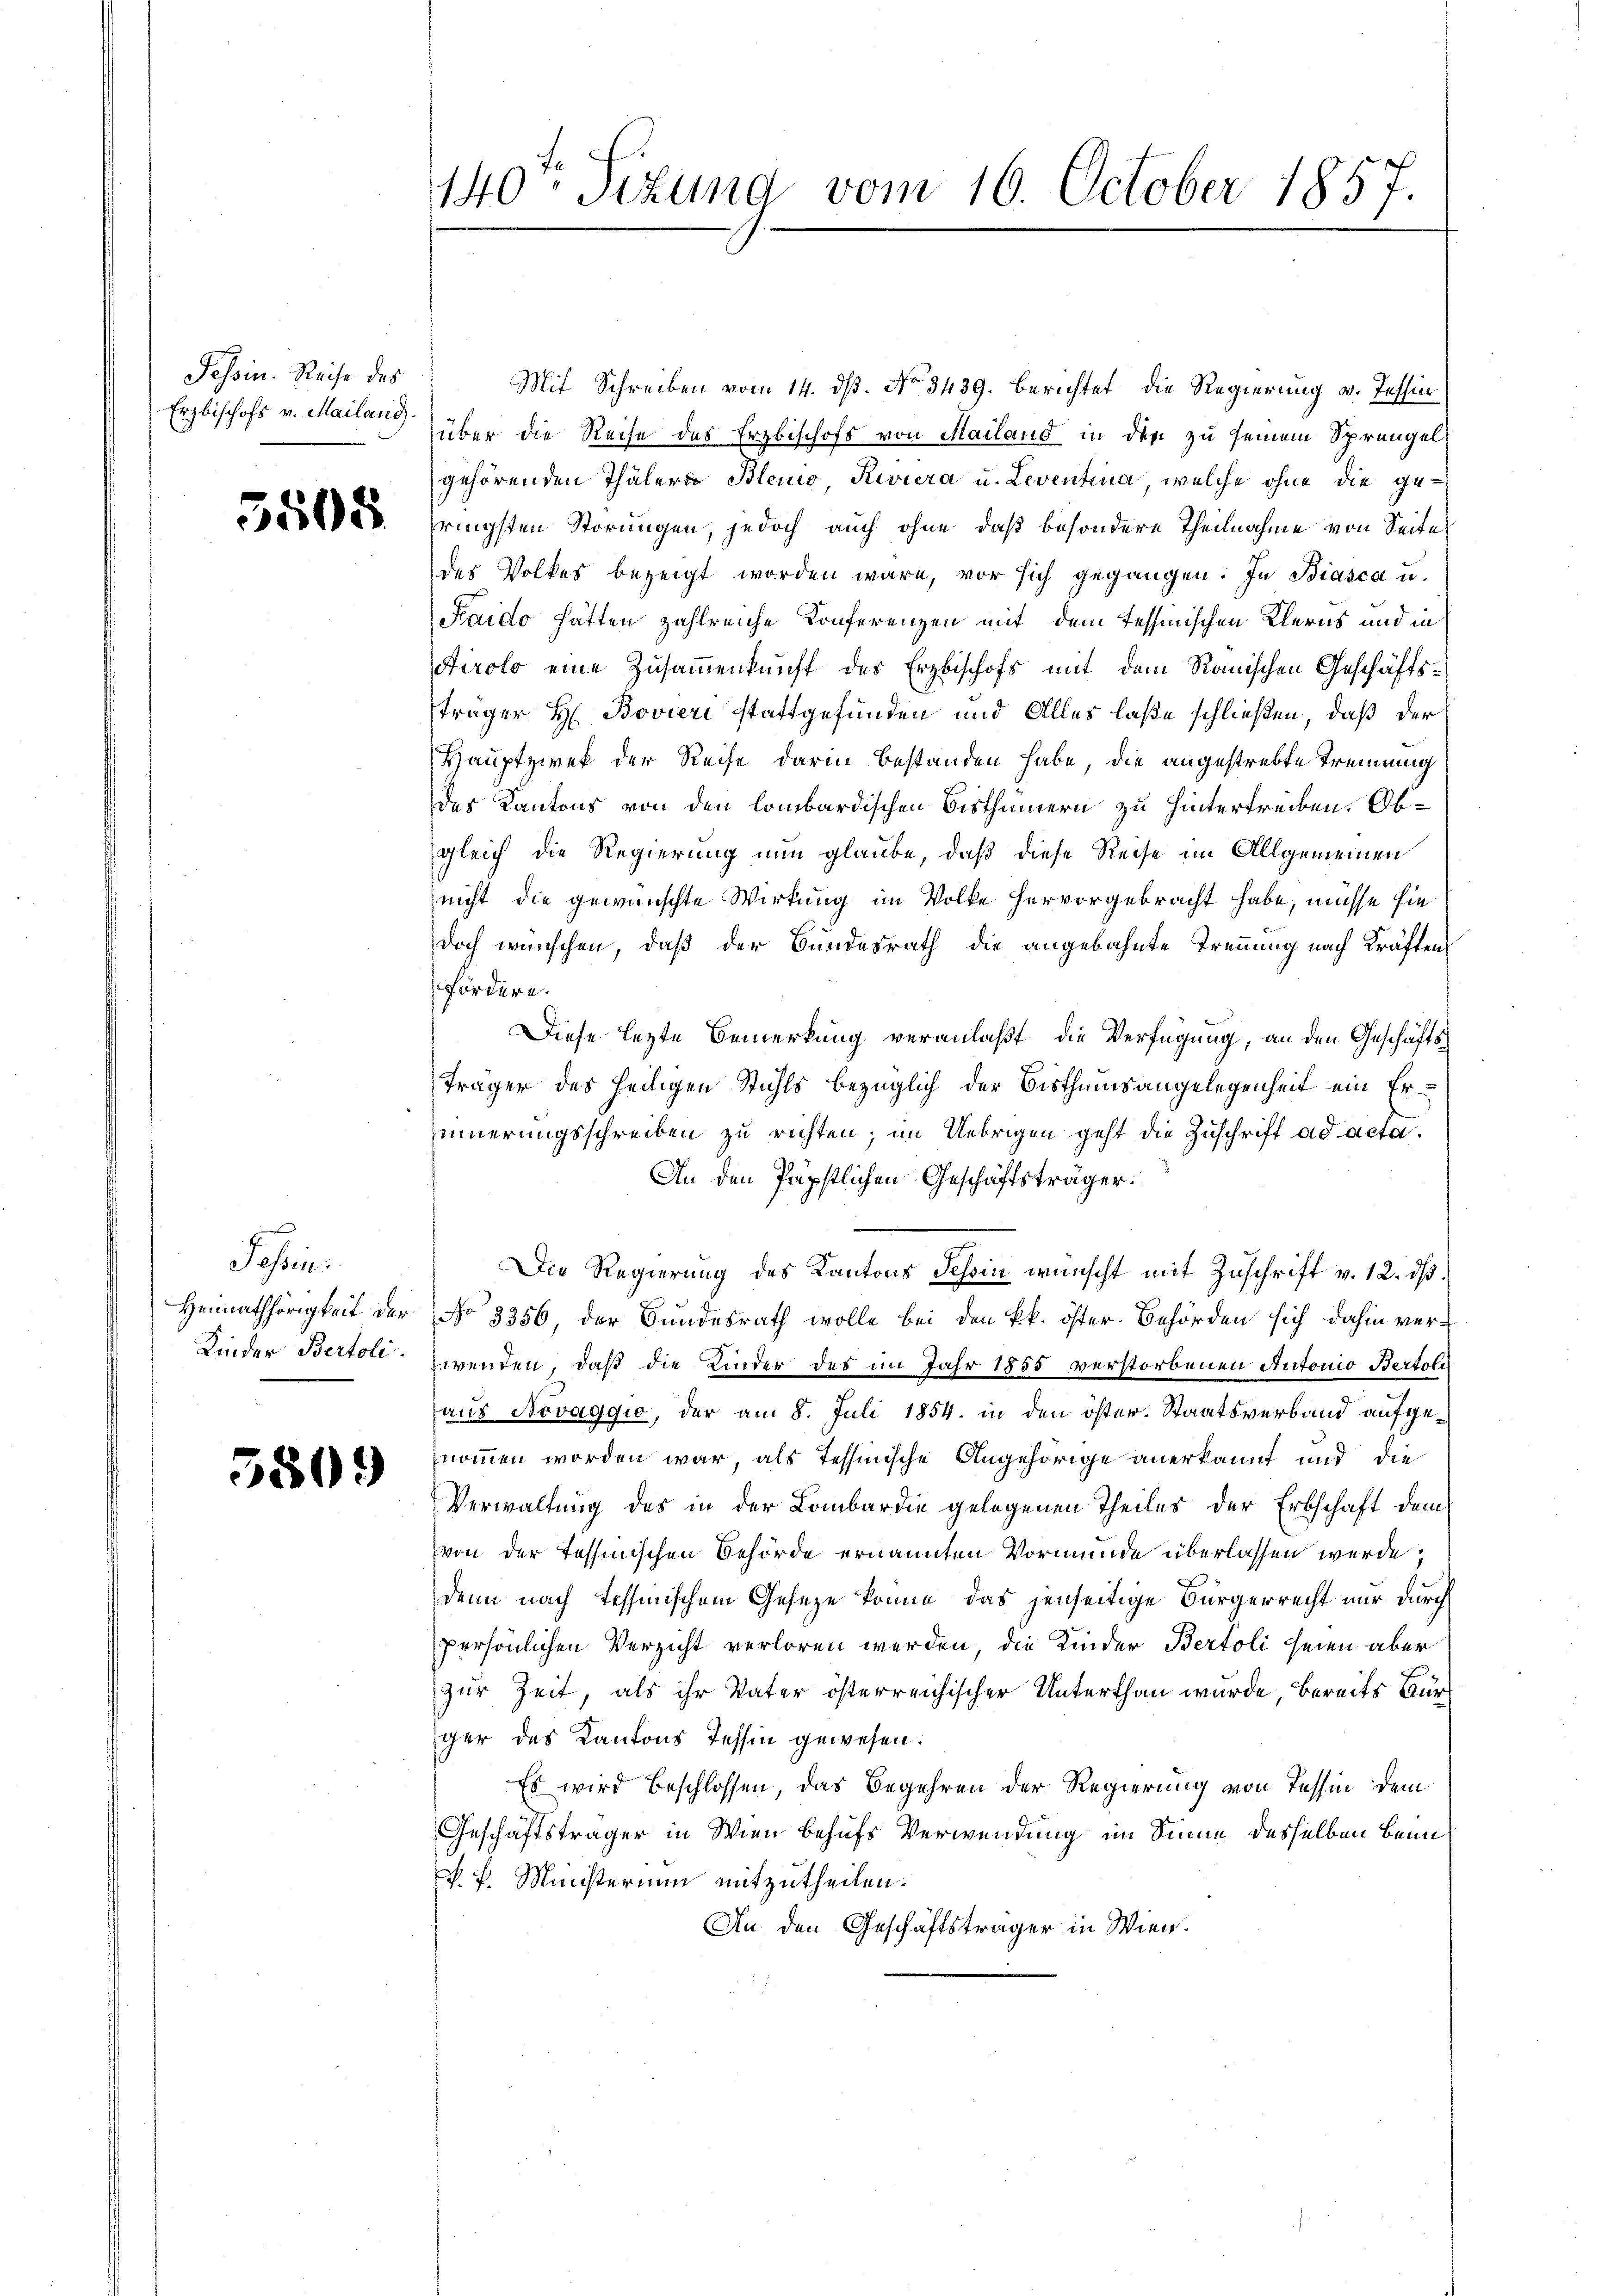
Tessin. Reise des
Erzbischofs v. Mailand.

3508

e
Jassen.
Heimathörigkeit der
Kinder Bertoli

5809

140. Sizung vom 16. October 1857.

Mit Schreiben vom 14. ds. No 3439. berichtet die Regierung v. Tessin
über die Reise des Erzbischofs von Mailand in den zu seinem Sprengel
gehörenden Thälern Blenio Riviera u. Leventina, welche ohne die geringsten Störungen, jedoch auch ohne daß besondere Theilnahme von Seite
des Volkes bezeigt worden wäre, vor sich gegangen: In Biasca u.
Faido hätten zahlreiche Konferenzen mit dem Tessinischen Klerns und in
Airolo eine Zusammenkunft des Erzbischofs mit dem Ranischen Geschäftsträger H. Bovieri stattgefunden und Alles laße schließen, daß der
Hauptzwek der Reise darin bestanden habe, die angestrebte Trennung
des Kantons von den lombardischen Bisthümern zu hintertreiben. Obgleich die Regierung nun glaube, daß diese Reise im Allgemeinen
nicht die gewünschte Wirkung im Volke hervorgebracht habe, müsse sie
doch wünschen, daß der Bundesrath die angebahnte Trennung nach Kräften
fördern.
Diese lezte Bemerkung veranlaßt, die Verfügung, an den Geschäftsträger des heiligen Stuhls bezüglich der Bisthumsangelegenheit ein Erinnerungsschreiben zu richten; im Uebrigen geht die Zuschrift ad acta.
An den Päpstlichen Geschäftsträger.
Die Regierung des Kantons Schin wünscht mit Zuschrift v. 12. ds.
No 3356, der Bundesrath wolle bei den kk. öster Behörden sich dahin verwenden, daß die Kinder des im Jahr 1855 verstorbenen Autonio Bertoli
aus Novaggio, der am 8. Juli 1854. in den öster. Staatsverband aufgenommen worden war, als Tessinische Angehörige anerkannt und die
Verwaltung des in der Lombardie gelegenen Theiles der Erbschaft dem
von der Tessinischen Behörde ernannten Vormunde überlassen werde,
denn nach Tessinischem Gesetze könne, das jenseitige Bürgerrecht nur durch
persönlichen Verzicht verloren werden, die Kinder Bertoli seien aber
zur Zeit, als ihr Vater österreichischer Unterthan wurde bereits Bürger des Kantons Tessin gewesen.
Es wird beschlossen, das Begehren der Regierung von Tessin dem
Geschäftsträger in Wien behufs Verwendung im Sinne desselben beim
 P. Ministerium mitzutheilen.
An den Geschäftsträger in Wien.